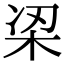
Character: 𭩮